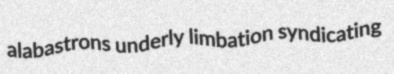
alabastrons underly limbation syndicating